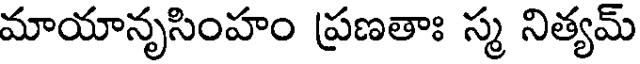
మాయానృసింహం ప్రణతాః స్మ నిత్యమ్